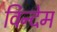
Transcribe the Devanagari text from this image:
विन्देम